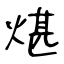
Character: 煁